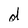
Character: d